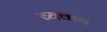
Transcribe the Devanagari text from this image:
व्यवाय